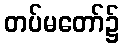
တပ်မတော်၌